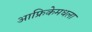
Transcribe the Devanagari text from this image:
आफ्रिकेमधला